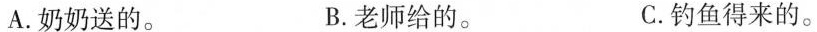
A.奶奶送的。 B.老师给的。 C.钓鱼得来的。